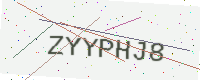
Text: ZYYPHJ8